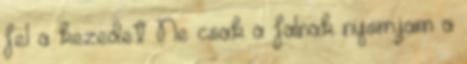
fel a kezedet Ne csak a falnak nyomjam a